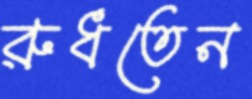
রুধতেন